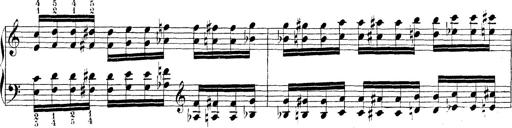
Title: Technische Studien
Composer: Franz Liszt